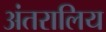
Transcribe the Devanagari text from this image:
अंतरालिय